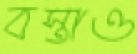
বস্তাও